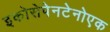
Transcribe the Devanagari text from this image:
इकोसेपेनटेनोएक